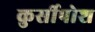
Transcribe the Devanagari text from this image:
कुर्सीपोश